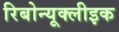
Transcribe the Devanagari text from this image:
रिबोन्यूक्लीइक